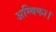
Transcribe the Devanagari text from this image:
अम्बिका।